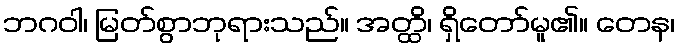
ဘဂဝါ၊ မြတ်စွာဘုရားသည်။ အတ္ထိ၊ ရှိတော်မူ၏။ တေန၊